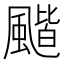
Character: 𩘗